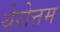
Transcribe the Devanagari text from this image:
थेरोत्तम